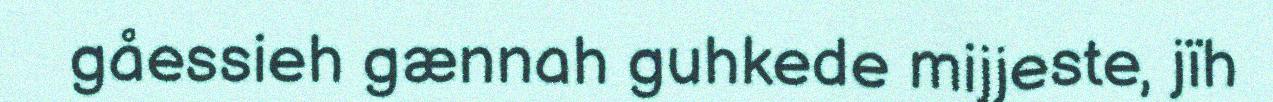
gåessieh gænnah guhkede mijjeste, jïh